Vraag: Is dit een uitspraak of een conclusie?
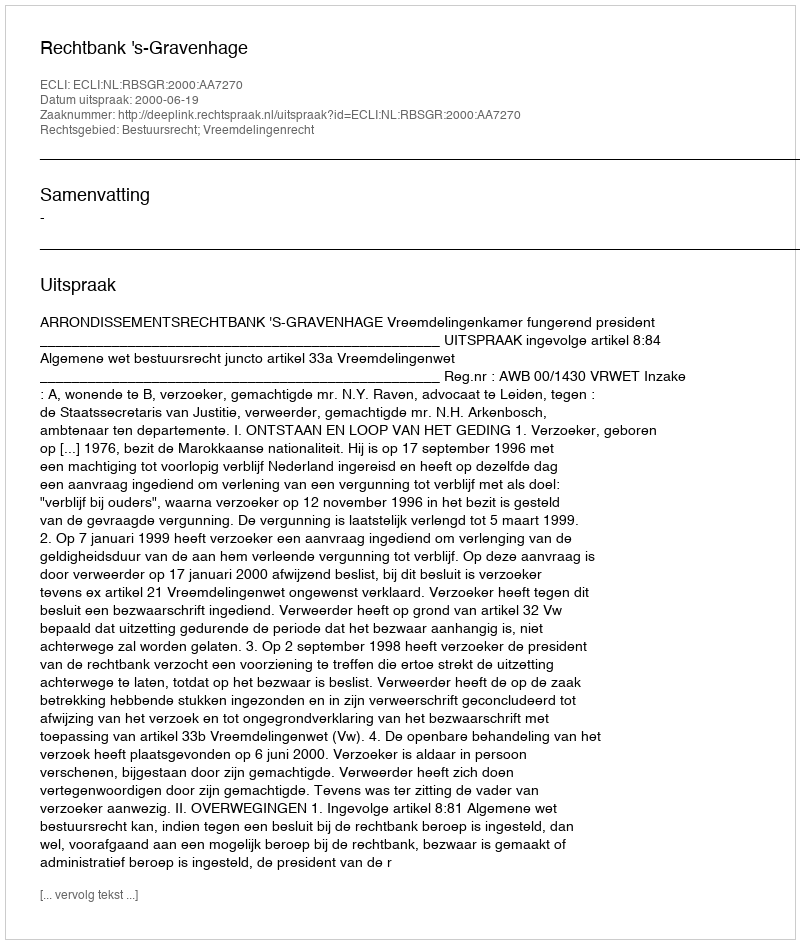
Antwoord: Uitspraak